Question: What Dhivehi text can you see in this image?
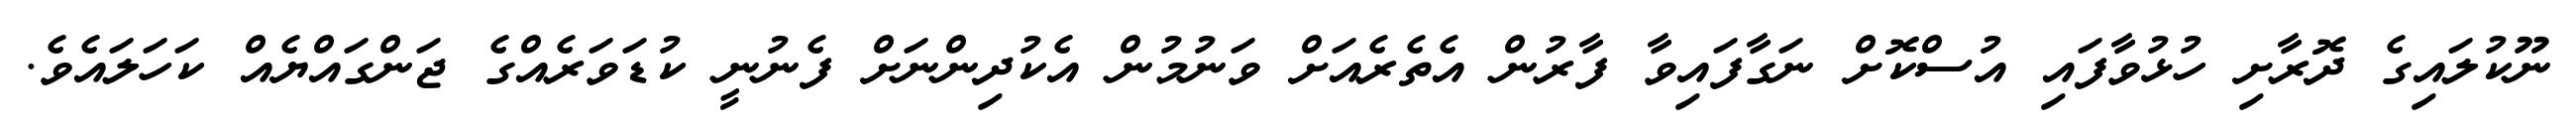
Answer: ނޫކުލައިގެ ދޮރާށި ހުޅުވާފައި އުސްކޮށް ނަގާފައިވާ ފާރުން އެތެރެއަށް ވަނުމުން އެކުދިންނަށް ފެނުނީ ކުޑަވަރެއްގެ ޖަންގައްޔެއް ކަހަލައެވެ.